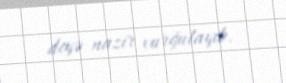
deyə nazir vurğulayıb.